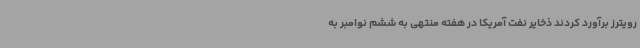
رویترز برآورد کردند ذخایر نفت آمریکا در هفته منتهی به ششم نوامبر به